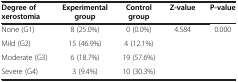
<table><thead><tr><td><b>Degree of xerostomia</b></td><td><b>Experimental group</b></td><td><b>Control group</b></td><td><b>Z-value</b></td><td><b>P-value</b></td></tr></thead><tbody><tr><td>None (G1)</td><td>8 (25.0%)</td><td>0 (0.0%)</td><td rowspan="3">4.584</td><td rowspan="3">0.000</td></tr><tr><td>Mild (G2)</td><td>15 (46.9%)</td><td>4 (12.1%)</td></tr><tr><td>Moderate (G3)</td><td>6 (18.7%)</td><td>19 (57.6%)</td></tr><tr><td>Severe (G4)</td><td>3 (9.4%)</td><td>10 (30.3%)</td><td> </td><td> </td></tr></tbody></table>